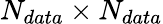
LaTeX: N_{data}\times N_{data}